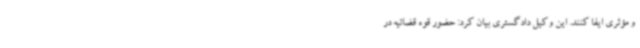
و مؤثری ایفا کنند. این وکیل دادگستری بیان کرد: حضور قوه قضائیه در